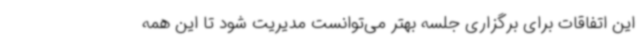
این اتفاقات برای برگزاری جلسه بهتر می‌توانست مدیریت شود تا این همه